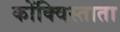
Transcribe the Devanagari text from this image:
कोंक्विस्ताता